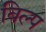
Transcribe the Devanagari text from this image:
बिल्प